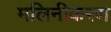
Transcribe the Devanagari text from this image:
मलिनीकरण